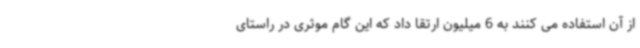
از آن استفاده می کنند به 6 میلیون ارتقا داد که این گام موثری در راستای